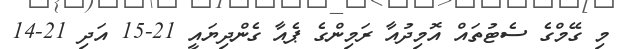
މި ގޭމްގެ ސެޓުތައް އޮމިދުއާ ރަމިންގެ ޕެއާ ގެންދިޔައީ 21-15 އަދި 21-14